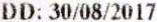
DD: 30/08/2017